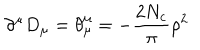
LaTeX: \partial ^ { \mu } D _ { \mu } = \theta _ { \mu } ^ { \mu } = - \frac { 2 N _ { c } } { \pi } \rho ^ { 2 }